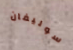
سوليفان